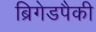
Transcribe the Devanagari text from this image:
ब्रिगेडपैकी